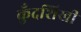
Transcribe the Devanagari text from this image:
कुँदशिखी